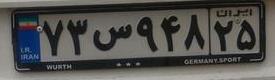
۷۳س۹۴۸۲۵